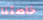
خاصتنا